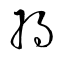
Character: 将